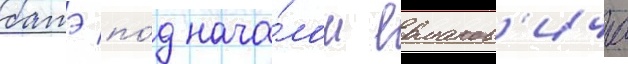
батэ по́д нача́лом ермаков'ича